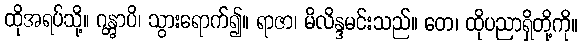
ထိုအရပ်သို့။ ဂန္တွာပိ၊ သွားရောက်၍။ ရာဇာ၊ မိလိန္ဒမင်းသည်။ တေ၊ ထိုပညာရှိတို့ကို။